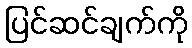
ပြင်ဆင်ချက်ကို